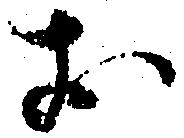
お